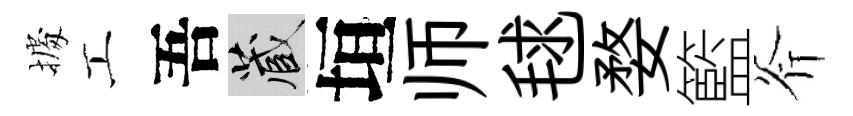
𢴃工吾藏垣师毬婺籃斧